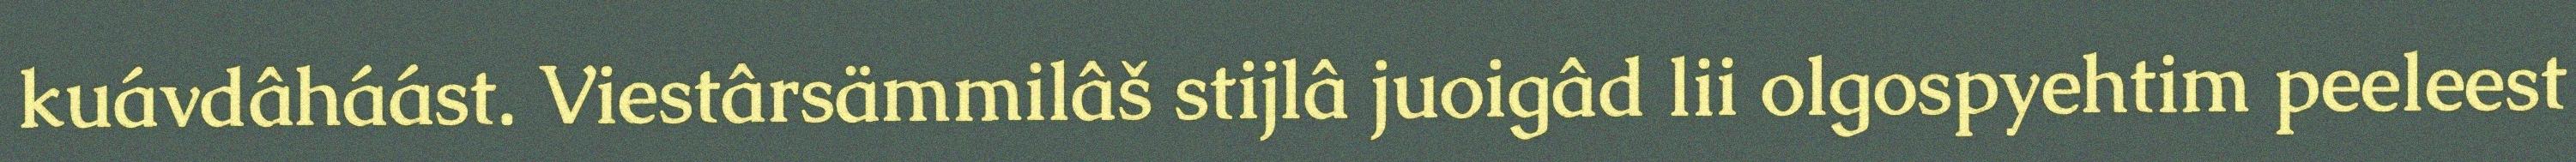
kuávdâháást. Viestârsämmilâš stijlâ juoigâd lii olgospyehtim peeleest